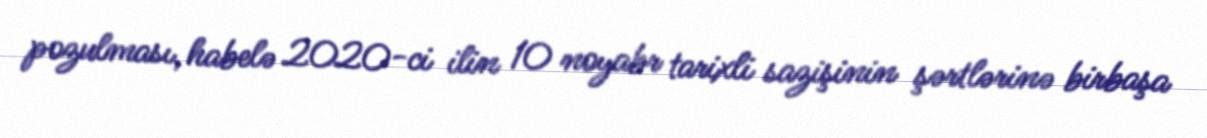
pozulması, habelə 2020-ci ilin 10 noyabr tarixli sazişinin şərtlərinə birbaşa